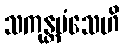
သကုန္တမံသေဟိ